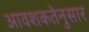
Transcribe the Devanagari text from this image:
आवशकतेनुसार